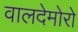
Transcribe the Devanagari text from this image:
वालदेमोरो